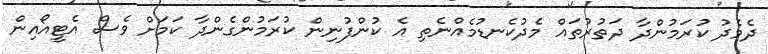
ދެމެދު ކުރަމުންދާ ދަތުރުތައް މެދުކެނޑުމެއްނެތި އެ ކުންފުނިން ކުރަމުންގެންދާ ކަމަށް ވެސް އެޓީއޯއިިން